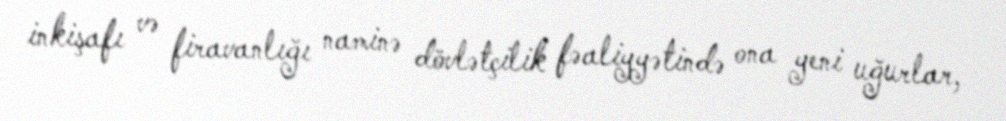
inkişafı və firavanlığı naminə dövlətçilik fəaliyyətində ona yeni uğurlar,